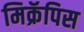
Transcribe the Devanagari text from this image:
मिक्रॅपिस